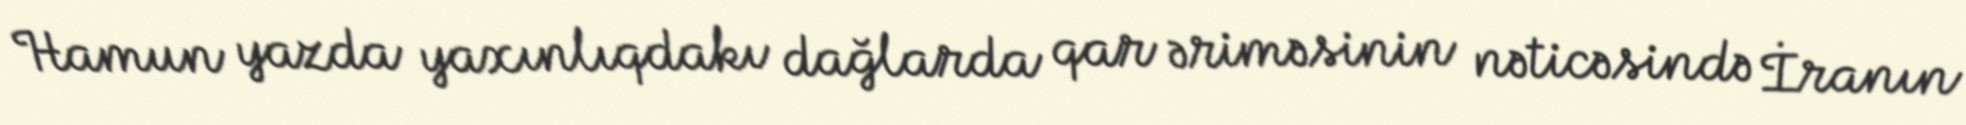
Hamun yazda yaxınlıqdakı dağlarda qar əriməsinin nəticəsində İranın